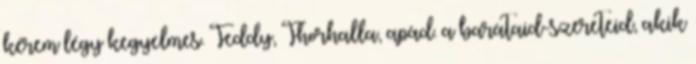
kérem légy kegyelmes. Teddy, Thorhalla, apád. a barátaid-szereteid, akik